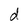
Character: d